Physiological action of certain drugs in tablet form - Number 52A
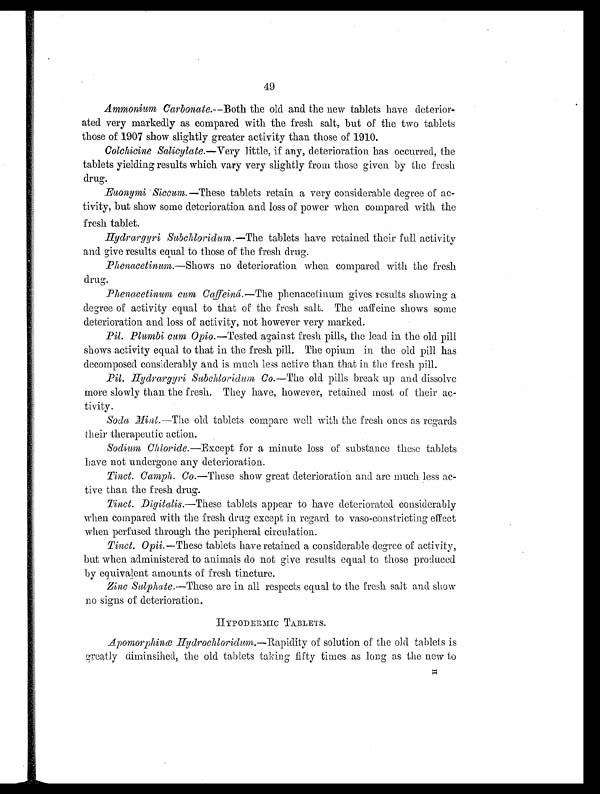
49
Ammonium Carbonate.— Both the old and the new tablets have deterior-
ated very markedly as compared with the fresh salt, but of the two tablets
those of 1907 show slightly greater activity than those of 1910.
Colchicine Salicylate. —Very little, if any, deterioration has occurred, the
tablets yielding results which vary very slightly from those given by the fresh
drug.
Euonymi Siccum.—These tablets retain a very considerable degree of ac-
tivity, but show some deterioration and loss of power when compared with the
fresh tablet.
Hydrargyri Subchloridum. —The tablets have retained their full activity
and give results equal to those of the fresh drug.
Phenacetinum.— S h o w s n o d e t e r i o r a t i o n w h e n c o m p a r e d w i t h t h e f r e s h
drug.
Phenacetinum cum Caffeinâ. —The phenacetinum gives results showing a
degree of activity equal to that of the fresh salt. The caffeine shows some
deterioration and loss of activity, not however very marked.
Pil. Plumbi cum Opio. —Tested against fresh pills, the lead in the old pill
shows activity equal to that in the fresh pill. The opium in the old pill has
decomposed considerably and is much active than that in the fresh pill.
Pil. Hydrargyri Subchloridum Co. —The old pills break up and dissolve
more slowly than the fresh. They have, however, retained most of their ac-
tivity.
Soda Mint. —The old tablets compare well with the fresh ones as regards
their therapeutic action.
Sodium Chloride. —Except for a minute loss of substance these tablets
have not undergone any deterioration.
Tinct. Camph. Co. —These show great deterioration and are much less ac-
tive than the fresh drug.
Tinct. Digitalis.—These tablets appear to have deteriorated considerably
when compared with the fresh drug except in regard to vaso-constricting effect
when perfused through the peripheral circulation.
Tinct. Opii.— These tablets have retained a considerable degree of activity,
but when administered to animals do not give results equal to those produced
by equivalent amounts of fresh tincture.
Zinc Sulphate. —These are in all respects equal to the fresh salt and show
no signs of deterioration.
HYPODERMIC TABLETS.
Apomorphinæ Hydrochloridum.—Rapidity of solution of the old tablet is
greatly diminsihed, the old tablets taking fifty times as long as the new to H